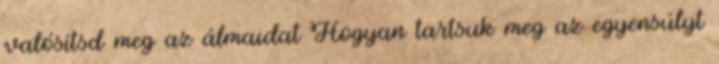
valósítsd meg az álmaidat Hogyan tartsuk meg az egyensúlyt